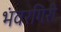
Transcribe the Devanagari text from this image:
भंवरगिरी